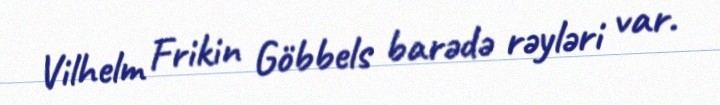
Vilhelm Frikin Göbbels barədə rəyləri var.